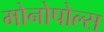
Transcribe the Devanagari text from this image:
मोनोपोल्स